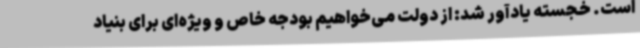
است. خجسته یادآور شد: از دولت می‌خواهیم بودجه خاص و ویژه‌ای برای بنیاد